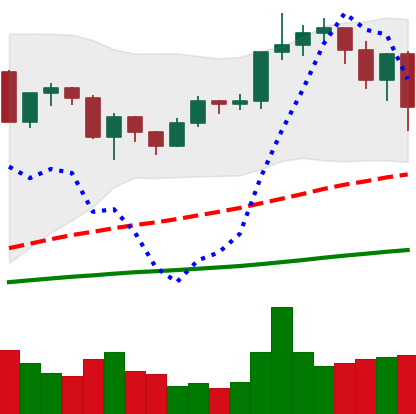
Ticker: ETH-USD
Chart end date: 2020-12-23
Forward return: 25.129%
Label: up_7plus